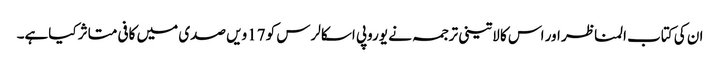
ان کی کتاب المناظر اور اس کا لاتینی ترجمہ نے یوروپی اسکالرس کو 17ویں صدی میں کافی متاثر کیاہے۔